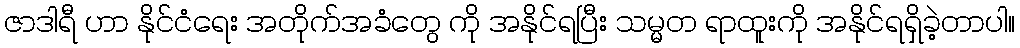
ဇာဒါရီ ဟာ နိုင်ငံရေး အတိုက်အခံတွေ ကို အနိုင်ရပြီး သမ္မတ ရာထူးကို အနိုင်ရရှိခဲ့တာပါ။